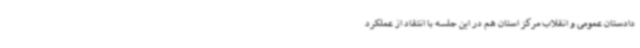
دادستان عمومی و انقلاب مرکز استان هم در این جلسه با انتقاد از عملکرد